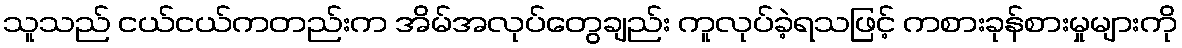
သူသည် ငယ်ငယ်ကတည်းက အိမ်အလုပ်တွေချည်း ကူလုပ်ခဲ့ရသဖြင့် ကစားခုန်စားမှုများကို